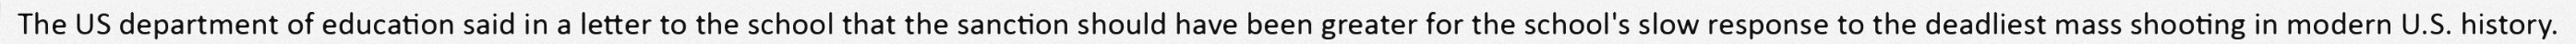
The US department of education said in a letter to the school that the sanction should have been greater for the school's slow response to the deadliest mass shooting in modern U.S. history.